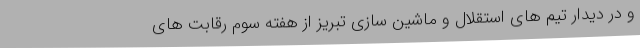
و در دیدار تیم های استقلال و ماشین سازی تبریز از هفته سوم رقابت های